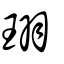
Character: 珝